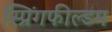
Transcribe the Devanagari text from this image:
स्प्रिंगफील्डम